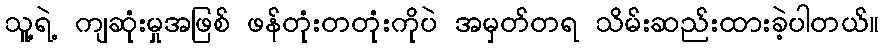
သူ့ရဲ့ ကျဆုံးမှုအဖြစ် ဖန်တုံးတတုံးကိုပဲ အမှတ်တရ သိမ်းဆည်းထားခဲ့ပါတယ်။